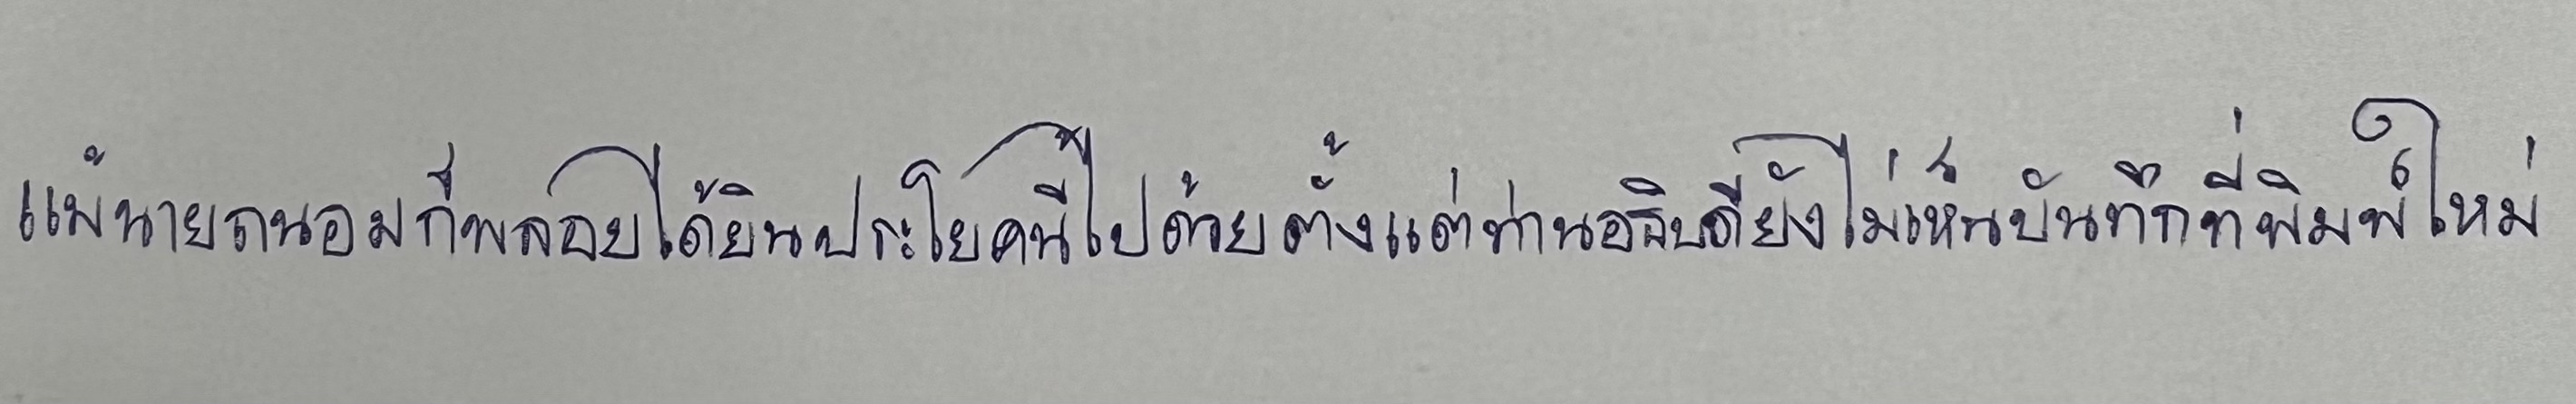
แม้นายถนอมก็พลอยได้ยินประโยคนี้ไปด้วยตั้งแต่ท่านอธิบดียังไม่เห็นบันทึกที่พิมพ์ใหม่